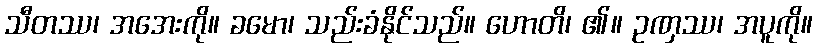
သီတဿ၊ အအေးကို။ ခမော၊ သည်းခံနိုင်သည်။ ဟောတိ၊ ၏။ ဥဏှဿ၊ အပူကို။